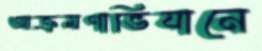
আক্রমণাভিযানে